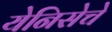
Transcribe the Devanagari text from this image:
येनिसेचे